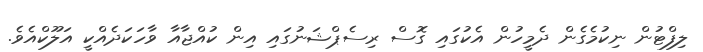
ލިފްޓުން ނިކުމެގެން ދެމީހުން އެކުގައި ގޮސް ރިސެޕްޝަނުގައި އިން ކުއްޖާއާ ވާހަކަދެއްކީ އަލޫކްއެވެ.